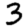
Digit: 3